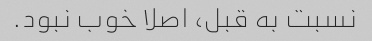
نسبت به قبل، اصلا خوب نبود.